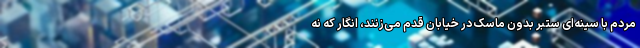
مردم با سینه‌ای ستبر بدون ماسک در خیابان قدم می‌زنند، انگار که نه